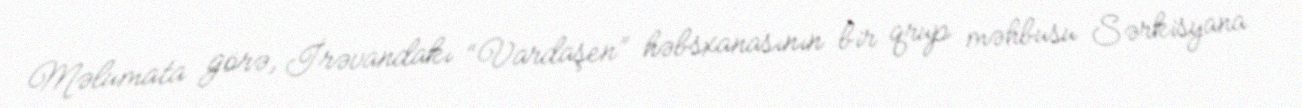
Məlumata görə, İrəvandakı “Vardaşen” həbsxanasının bir qrup məhbusu Sərkisyana